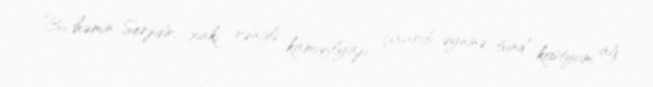
Bu, həmin Serjdir, xaki rəngli kamuflyajı çıxarıb, əyninə tünd kostyum, ağ